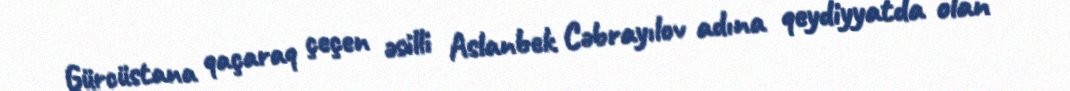
Gürcüstana qaçaraq çeçen əsilli Aslanbek Cəbrayılov adına qeydiyyatda olan